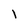
Character: l